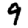
Digit: 9